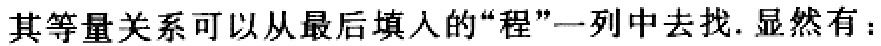
其等量关系可以从最后填人的“程”一列中去找.显然有：